Annual administration report of the Civil Veterinary Department, Sind - 1941-1942
Year: 1941
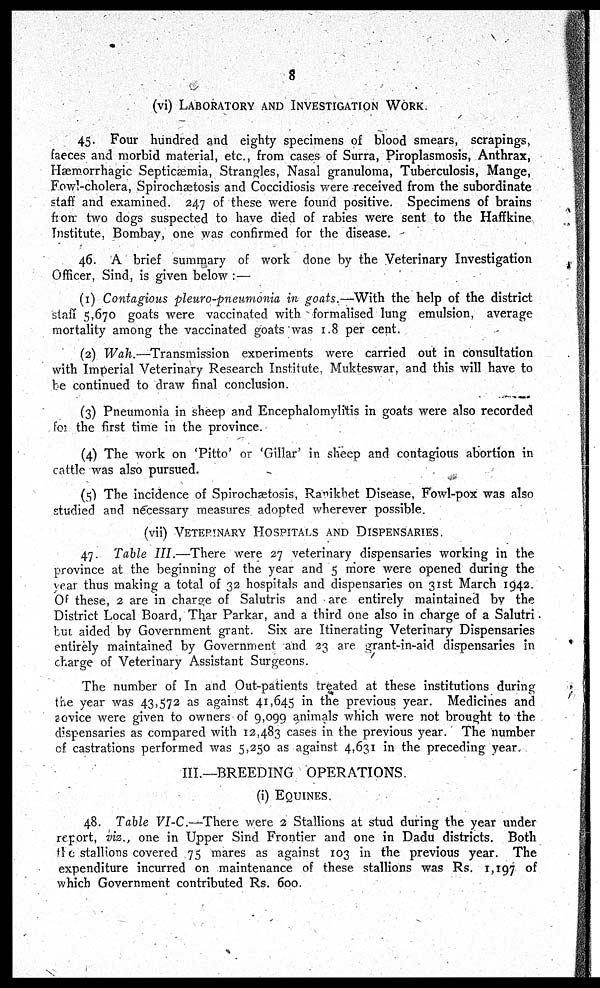
8
(vi) LABORATORY AND INVESTIGATION WORK.
45. Four hundred and eighty specimens of blood smears, scrapings,
faeces and morbid material, etc., from cases of Surra, Piroplasmosis, Anthrax,
Hæmorrhagic Septicæmia, Strangles, Nasal granuloma, Tuberculosis, Mange,
Fowl-cholera, Spirochætosis and Coccidiosis were received from the subordinate
staff and examined. 247 of these were found positive. Specimens of brains
from two dogs suspected to have died of rabies were sent to the Haffkine
Institute, Bombay, one was confirmed for the disease.
46. A brief summary of work done by the Veterinary Investigation
Officer, Sind, is given below :-
(1) Contagious pleuro-pneumonia in goats.—With the help of the district
staff 5,670 goats were vaccinated with formalised lung emulsion, average
mortality among the vaccinated goats was 1.8 per cent.
(2) Wah.—Transmission experiments were carried out in consultation
with Imperial Veterinary Research Institute, Mukteswar, and this will have to
be continued to draw final conclusion.
(3) Pneumonia in sheep and Encephalomylitis in goats were also recorded
for the first time in the province.
(4) The work on 'Pitto' or 'Gillar' in sheep and contagious abortion in
cattle was also pursued.
(5) The incidence of Spirochætosis, Ranikhet Disease, Fowl-pox was also
studied and necessary measures adopted wherever possible.
(vii) VETERINARY HOSPITALS AND DISPENSARIES.
47. Table III.—There were 27 veterinary dispensaries working in the
province at the beginning of the year and 5 more were opened during the
year thus making a total of 32 hospitals and dispensaries on 31st March 1942.
Of these, 2 are in charge of Salutris and are entirely maintained by the
District Local Board, Thar Parkar, and a third one also in charge of a Salutri.
but aided by Government grant. Six are Itinerating Veterinary Dispensaries
entirely maintained by Government and 23 are grant-in-aid dispensaries in
charge of Veterinary Assistant Surgeons.
The number of In and Out-patients treated at these institutions during
the year was 43,572 as against 41,645 in the previous year. Medicines and
advice were given to owners of 9,099 animals which were not brought to the
dispensaries as compared with 12,483 cases in the previous year. The number
of castrations performed was 5,250 as against 4,631 in the preceding year.
III.—BREEDING OPERATIONS.
(i) EQUINES.
48. Table VI-C.—There were 2 Stallions at stud during the year under
report, viz., one in Upper Sind Frontier and one in Dadu districts. Both
the stallions covered 75 mares as against 103 in the previous year. The
expenditure incurred on maintenance of these stallions was Rs. 1,197 of
which Government contributed Rs. 600.